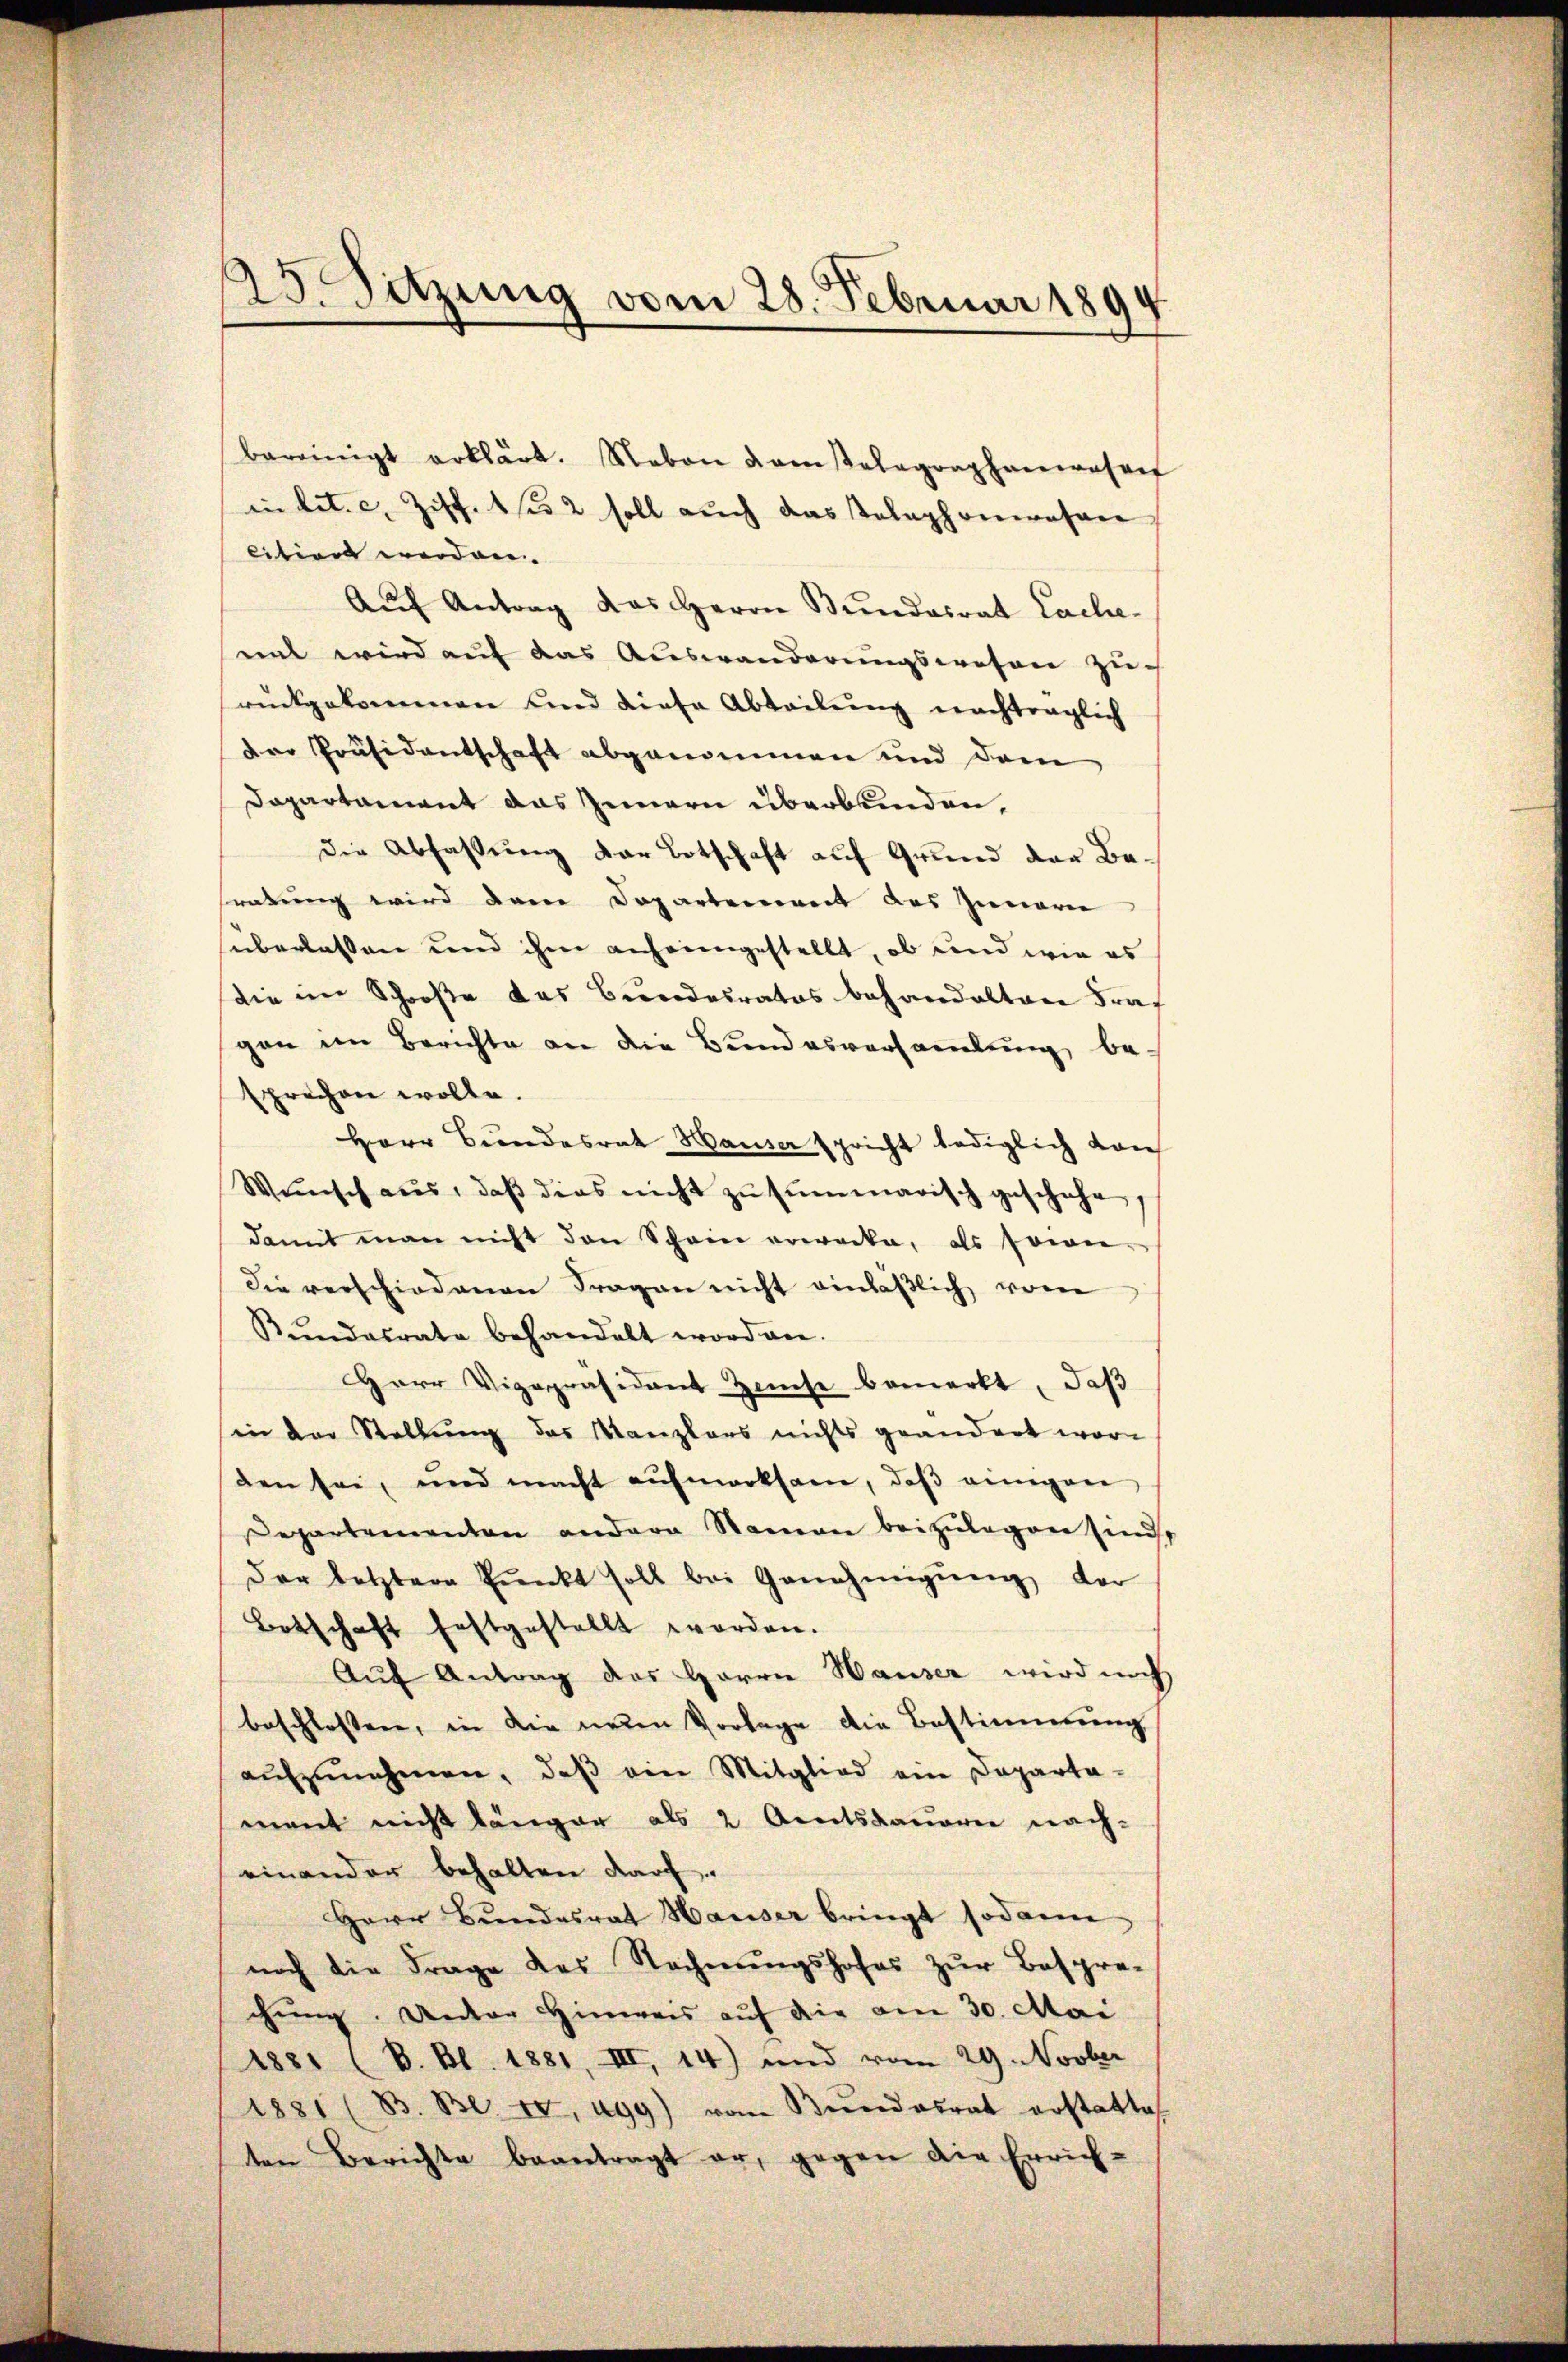
25. Sitzung vom 28. Februar 1894

bereinigt erklärt. Neben damsalagraphenwasref
in lit. c. Ziff. 1 2 soll auch das Telephonwesen
citiret werden. |
Auf Antrag das Herrn Bundesrat Lache
mnt wird auf das Auswanderungswesen zu
rückgekommen und diese Abteilung nachträglich
Der Präsidentschaft abgenommen und dem
Dapartament das Innern überbunden,
die Abfassung der Botschaft auf Grund der Beratung wird den Dopartement des Innern
überlassen und ihne anheimgestellt, ob und wie es
die im Schooße das Bundesrates behandelten Fragen im Berichte an die Bundesversammlung besprechen wolle.
Herr Bundesrath Hauser spricht lediglich dan
Wŭnsch aus, daβ dies nicht zŭ summarisch geschehe,
damit man nicht den Schein erwecke, als seien
Die verschiedenen Fragen nicht einläßlich vom
Rŭndesrate behandelt worden.
Herr Vizepräsident Zinse bemerkt, daß
inn der Stellung des Kanzlers nichts geändert wor-
den sei, und macht aufmerksam, daβ einigen
Departementen andern Namen beizulegen sind,
der letztere Pŭnkt soll bei Genehmigŭng der
Botschaft festgestellt worden.
Auf Antrag des Herrn Hauser wird noch
beschlossen, in die neuen Vorlage die Bestimmung
aŭfzŭnehmen, daβ ein Mitglied ein Departa-
mant nicht länger als 2 Amtsdauerer nach-
einander behalten darf.
Herr Bŭndesrat Hauser bringt sodann
noch die Frage des Rechnŭngshofes zŭr Bespre-
chung. Unter Hinweis auf die am 30. Mai
ss. (B. Bl. 1881, III, 14) und vom 29. Novber
1881 (83. Be. II, ugg) vom Bŭndesrat erstattet
ten Berichte beantragt er, gegen die Errich¬